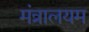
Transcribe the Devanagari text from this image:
मंत्रालयम